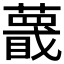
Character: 𬞱